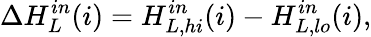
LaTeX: \Delta H_{L}^{in}(i)=H_{L,\textit{hi}}^{in}(i)-H_{L,\textit{lo}}^{in}(i),